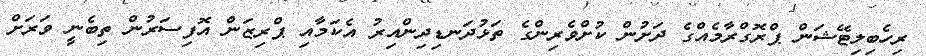
ރިހެބިލިޓޭޝަން ޕްރޮގްރާމެއްގެ ދަށުން ކުށްވެރިންގެ ތަޅުދަނޑިދިންއިރު އެކަމާއި ޕްރިޒަން އޮފިސަރުން ތިބެނީ ވަރަށް